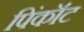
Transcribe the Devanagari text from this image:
पिंकॉट